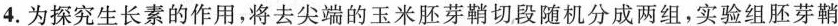
4. 为探究生长素的作用，将去尖端的玉米胚芽鞘